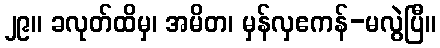
၂၉။ ခလုတ်ထိမှ၊ အမိတ၊ မှန်လှဧကန်-မလွဲပြီ။